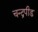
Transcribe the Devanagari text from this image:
चन्द्रपीड